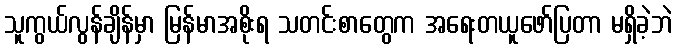
သူကွယ်လွန်ချိန်မှာ မြန်မာအစိုးရ သတင်းစာတွေက အရေးတယူဖော်ပြတာ မရှိခဲ့ဘဲ